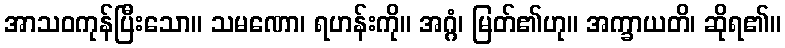
အာသဝကုန်ပြီးသော။ သမဏော၊ ရဟန်းကို။ အဂ္ဂံ၊ မြတ်၏ဟု။ အက္ခာယတိ၊ ဆိုရ၏။